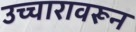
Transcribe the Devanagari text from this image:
उच्चारावरून